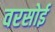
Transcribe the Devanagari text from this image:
वरसोई